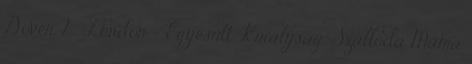
Dover 2 , London - Egyesült Királyság; Szálloda Mama